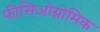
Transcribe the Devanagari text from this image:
फीसिओग्नोमिक